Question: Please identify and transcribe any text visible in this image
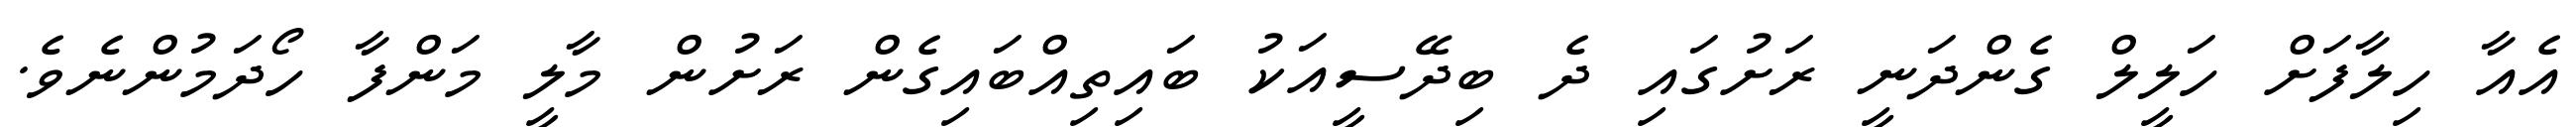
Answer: އެއާ ހިލާފަށް ހަލީލް ގެންދަނީ ރަށުގައި ދެ ބިދޭސީއަކު ބައިތިއްބައިގެން ރަށުން މާލީ މަންފާ ހޯދަމުންނެވެ.